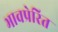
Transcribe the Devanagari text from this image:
भावप्रेरित